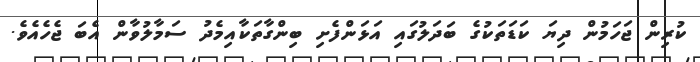
ކުރިން ޖަހަމުން ދިޔަ ކަޑަތަކުގެ ބަދަލުގައި އަޅަންފެށި ބިންގާތަކާއިމެދު ސަމާލުވާން އެބަ ޖެހެއެވެ.